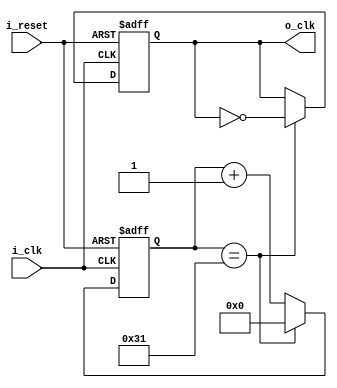
`timescale 1ns / 1ps

module Clock_Divider(
    input i_clk,
    input i_reset,
    output o_clk
    );

    reg r_clk = 0;
    reg [6:0] r_counter = 0;
    assign o_clk = r_clk;

    always @(posedge i_clk or posedge i_reset) begin
        if (i_reset) begin
            r_clk <= 1'b0;
            r_counter <= 0;
        end
        else begin
            if (r_counter == 49) begin
                r_counter <= 0;
                r_clk <= ~r_clk;
            end
            else begin
                r_counter <= r_counter + 1;
            end
        end
    end
endmodule